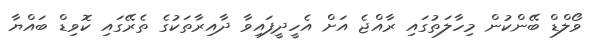
ވޯލްޑް ބޭންކުން މިހާލަތުގައި ރާއްޖެ އަށް އެހީދީފައިވާ ދާއިރާތަކުގެ ތެރޭގައި ކޮވިޑް ބައްޔާ